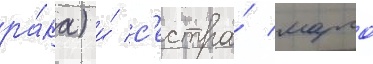
ра́ка) и́ с'естра́ марго